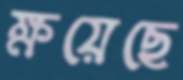
ক্ষয়েছে